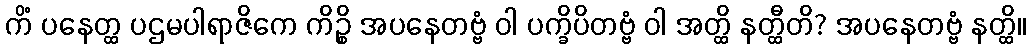
ကိံ ပနေတ္ထ ပဌမပါရာဇိကေ ကိဉ္စိ အပနေတဗ္ဗံ ဝါ ပက္ခိပိတဗ္ဗံ ဝါ အတ္ထိ နတ္ထီတိ? အပနေတဗ္ဗံ နတ္ထိ။